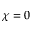
\chi = 0